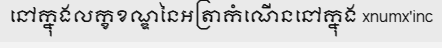
នៅក្នុងលក្ខខណ្ឌនៃអត្រាកំណើននៅក្នុង xnumx'inc